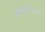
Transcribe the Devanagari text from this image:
ॲल्बर्टच्या